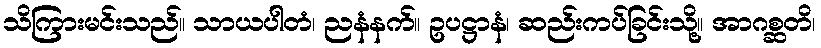
သိကြားမင်းသည်။ သာယပါတံ၊ ညနံနက်။ ဥပဋ္ဌာနံ၊ ဆည်းကပ်ခြင်းသို့။ အာဂစ္ဆတိ၊